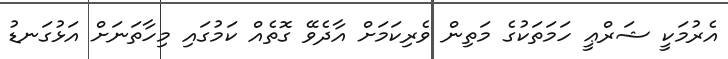
އެރުމަކީ ޝަރްޢީ ހަމަތަކުގެ މަތިން ވެރިކަމަށް އާދެވޭ ގޮތެއް ކަމުގައި މިހާތަނަށް އަޅުގަނޑު